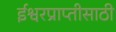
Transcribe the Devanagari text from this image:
ईश्वरप्राप्‍तीसाठी